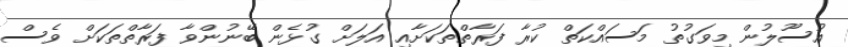
އުސޫލުން މިވަގުތު މަސައްކަތް ކުރާ ފަރާތްތަކަށާއި އަލަށް ގުޅެން ބޭނުންވާ ފަރާތްތަކަށް ވެސް